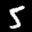
Label: 5